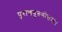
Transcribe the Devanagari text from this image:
पुराणपुरुषोत्तमः।